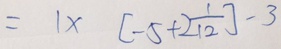
= 1 \times [ - 5 + 2 \frac { 1 } { 1 2 } ] - 3